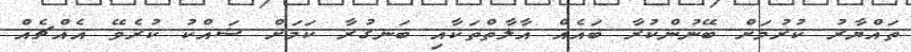
ތައްޔާރު ކުރުމަށް ބޭނުންކުރާ ބައެއް އާލާތްތަކާއި ބަނގުރާ ކަމަށް ޝައްކު ކުރެވޭ އެއްޗެއް